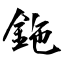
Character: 鉇